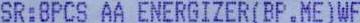
SR:8PCS AA ENERGIZER(BP.ME)WF